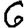
Digit: 6